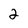
Character: 2